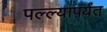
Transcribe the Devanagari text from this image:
पल्ल्यापर्यंत